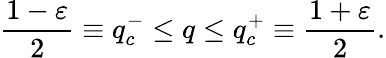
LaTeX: \frac{1-\varepsilon}{2}\equiv q_{c}^{-}\le q\le q_{c}^{+}\equiv\frac{1+\varepsilon}{2}.